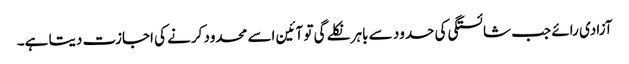
آزادی رائے جب شائستگی کی حدود سے باہر نکلے گی تو آئین اسے محدود کرنے کی اجازت دیتا ہے۔